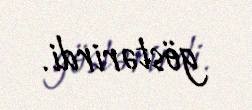
göstərirdi.